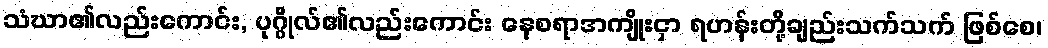
သံဃာ၏လည်းကောင်း, ပုဂ္ဂိုလ်၏လည်းကောင်း နေစရာအကျိုးငှာ ရဟန်းတို့ချည်းသက်သက် ဖြစ်စေ၊